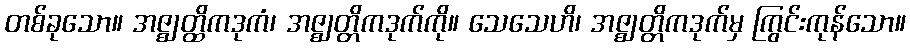
တစ်ခုသော။ အဇ္ဈတ္ထိကဒုကံ၊ အဇ္ဈတ္တိကဒုက်ကို။ သေသေဟိ၊ အဇ္ဈတ္တိကဒုက်မှ ကြွင်းကုန်သော။